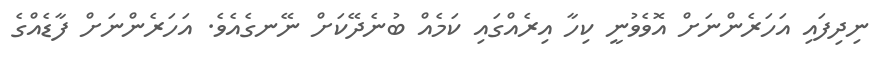
ނިދިފައި އަހަރެންނަށް އޮވެވުނީ ކިހާ އިރެއްގައި ކަމެއް ބުނެދޭކަށް ނޭނގެއެވެ. އަހަރެންނަށް ފާޑެއްގެ